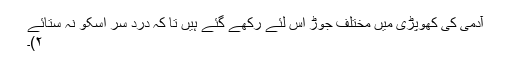
آدمی کی کھوپڑی میں مختلف جوڑ اس لئے رکھے گئے ہیں تا کہ دردِ سر اُسکو نہ ستائے
۲)۔